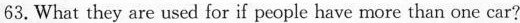
63.What they are used for if people have more than one car?